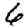
Digit: 6